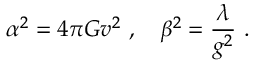
\alpha ^ { 2 } = 4 \pi G v ^ { 2 } \ , \ \ \ \beta ^ { 2 } = \frac { \lambda } { g ^ { 2 } } \ .